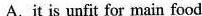
A.it is unfit for main food